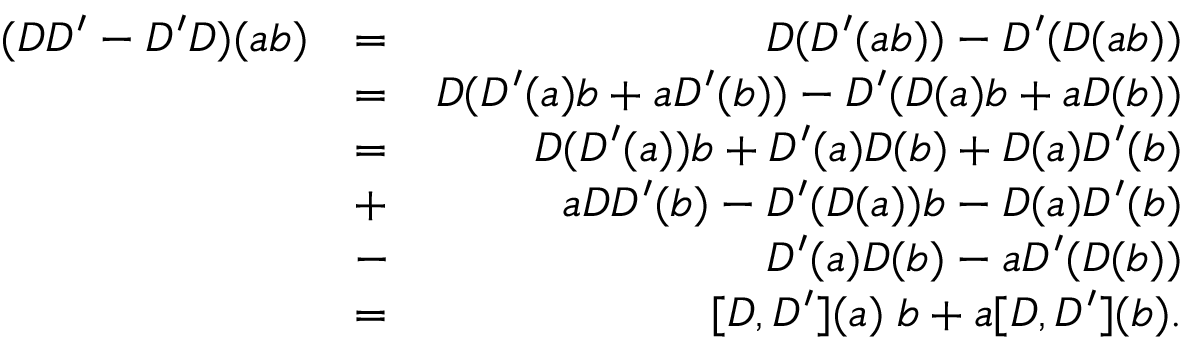
\begin{array} { r l r } { ( D D ^ { \prime } - D ^ { \prime } D ) ( a b ) } & { = } & { D ( D ^ { \prime } ( a b ) ) - D ^ { \prime } ( D ( a b ) ) } \\ & { = } & { D ( D ^ { \prime } ( a ) b + a D ^ { \prime } ( b ) ) - D ^ { \prime } ( D ( a ) b + a D ( b ) ) } \\ & { = } & { D ( D ^ { \prime } ( a ) ) b + D ^ { \prime } ( a ) D ( b ) + D ( a ) D ^ { \prime } ( b ) } \\ & { + } & { a D D ^ { \prime } ( b ) - D ^ { \prime } ( D ( a ) ) b - D ( a ) D ^ { \prime } ( b ) } \\ & { - } & { D ^ { \prime } ( a ) D ( b ) - a D ^ { \prime } ( D ( b ) ) } \\ & { = } & { [ D , D ^ { \prime } ] ( a ) \; b + a [ D , D ^ { \prime } ] ( b ) . } \end{array}